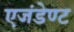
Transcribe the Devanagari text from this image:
एजंडेण्ट